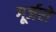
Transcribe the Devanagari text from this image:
गूर्जरों